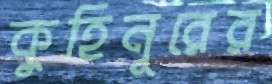
কুহিনূরের